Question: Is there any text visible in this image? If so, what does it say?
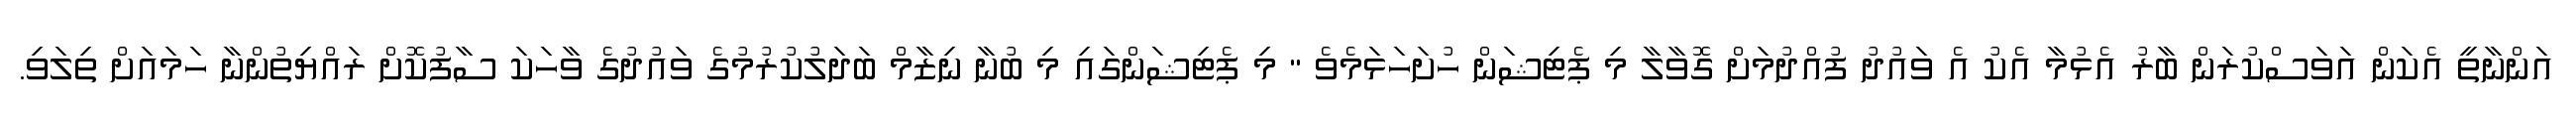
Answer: އަންނާތީ އެކަން އަވަސްކުރަން ބާރު އެޅުމާ އެކު އެ ވައުދު ފުއްދުމަށް ގޮވާލާ މި ޕެޓިޝަން ހުށަހަޅަމެވެ " މި ޕެޓިޝަންގައި މި ބުނާ ނިޒާމް ބަދަލުކުރުމުގެ ވައުދުގެ ވާހަކަ ސާފުކޮށް ރައްޔިތުންނާ ހަމައަށް ތިލަވި.